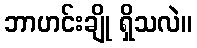
ဘာဟင်းချို ရှိသလဲ။